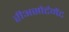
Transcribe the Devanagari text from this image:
रीअसोर्टमेंट